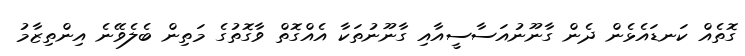
ގޮތެއް ކަނޑައެޅެން ދެން ގާނޫނުއަސާސީއާއި ގާނޫނުތަކާ އެއްގޮތް ވާގޮތުގެ މަތިން ބެލެވޭނެ އިންތިޒާމު